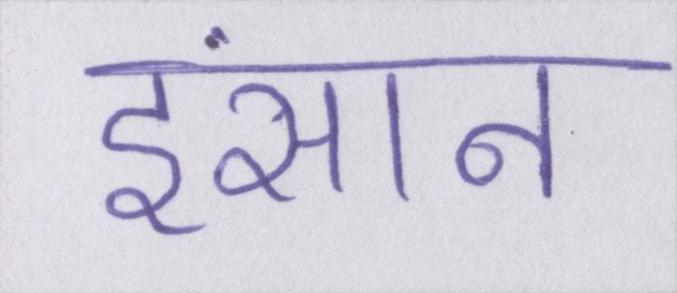
इंसान